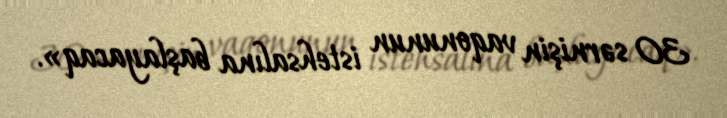
30 sərnişin vaqonunun istehsalına başlayacaq».